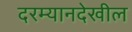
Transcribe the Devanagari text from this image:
दरम्यानदेखील